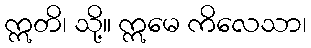
ဣတိ၊ သို့။ ဣမေ ကိလေသာ၊